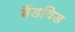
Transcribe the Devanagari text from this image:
बैंडविड